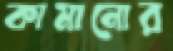
কামানোর